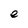
Character: e